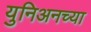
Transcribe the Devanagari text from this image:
युनिअनच्या